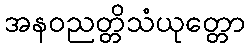
အနဝညတ္တိသံယုတ္တော